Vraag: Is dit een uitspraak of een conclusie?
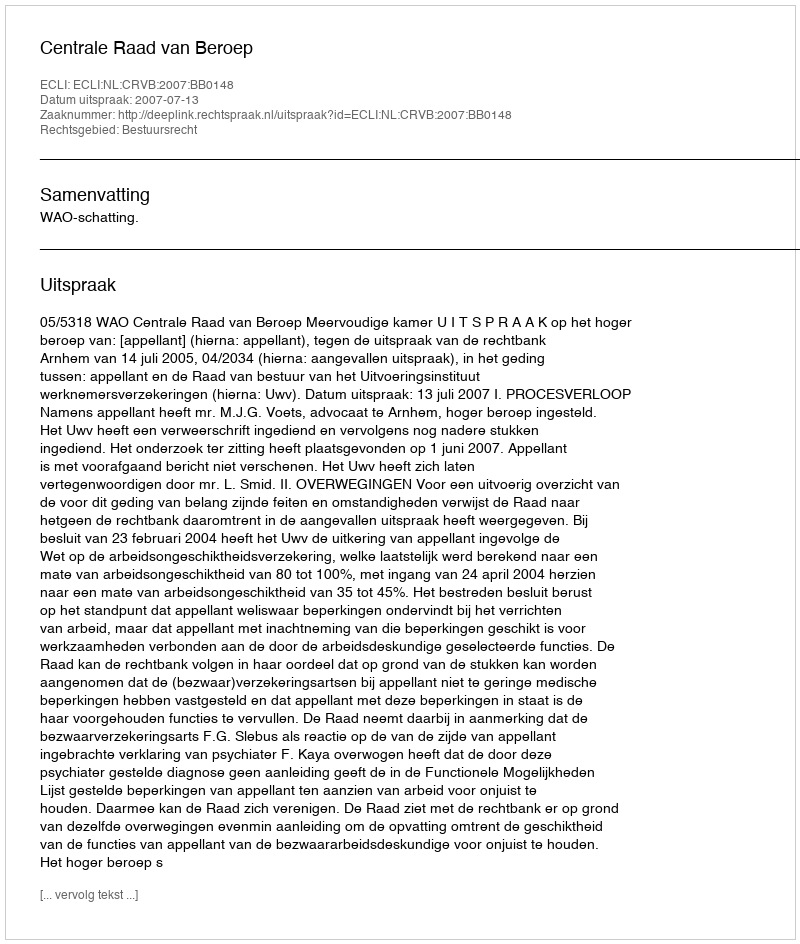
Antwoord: Uitspraak